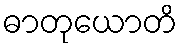
ဓာတုယောတိ